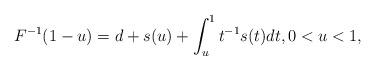
LaTeX: \begin{align*}F^{-1}(1-u)=d+s(u)+\int_{u}^{1}t^{-1}s(t)dt,0<u<1, \end{align*}